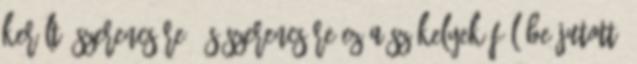
került. Szerencsére. És szerencsére ez a székelyek fülébe jutott.